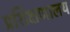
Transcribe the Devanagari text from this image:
प्रशिक्षणालय